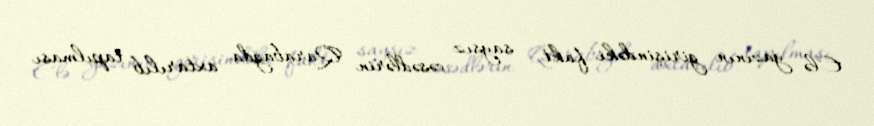
Elə yazının girişindəki fakt - saysız cəsədlərin Qarabağda axtarılıb tapılması